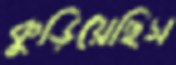
কুড়িয়েছিস